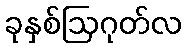
ခုနှစ်ဩဂုတ်လ